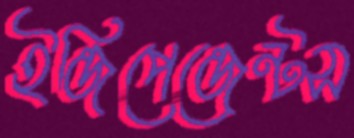
ইন্ডিপেন্ডেন্টস